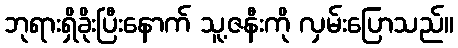
ဘုရားရှိခိုးပြီးနောက် သူ့ဇနီးကို လှမ်းပြောသည်။